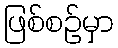
ဖြစ်စဉ်မှာ